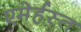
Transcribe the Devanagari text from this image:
एमेर्हस्त